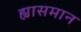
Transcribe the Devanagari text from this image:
ह्यासमान